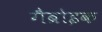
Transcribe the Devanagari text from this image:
गैब्रोइक